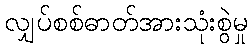
လျှပ်စစ်ဓာတ်အားသုံးစွဲမှု